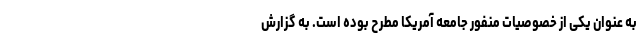
به عنوان یکی از خصوصیات منفور جامعه آمریکا مطرح بوده است. به گزارش